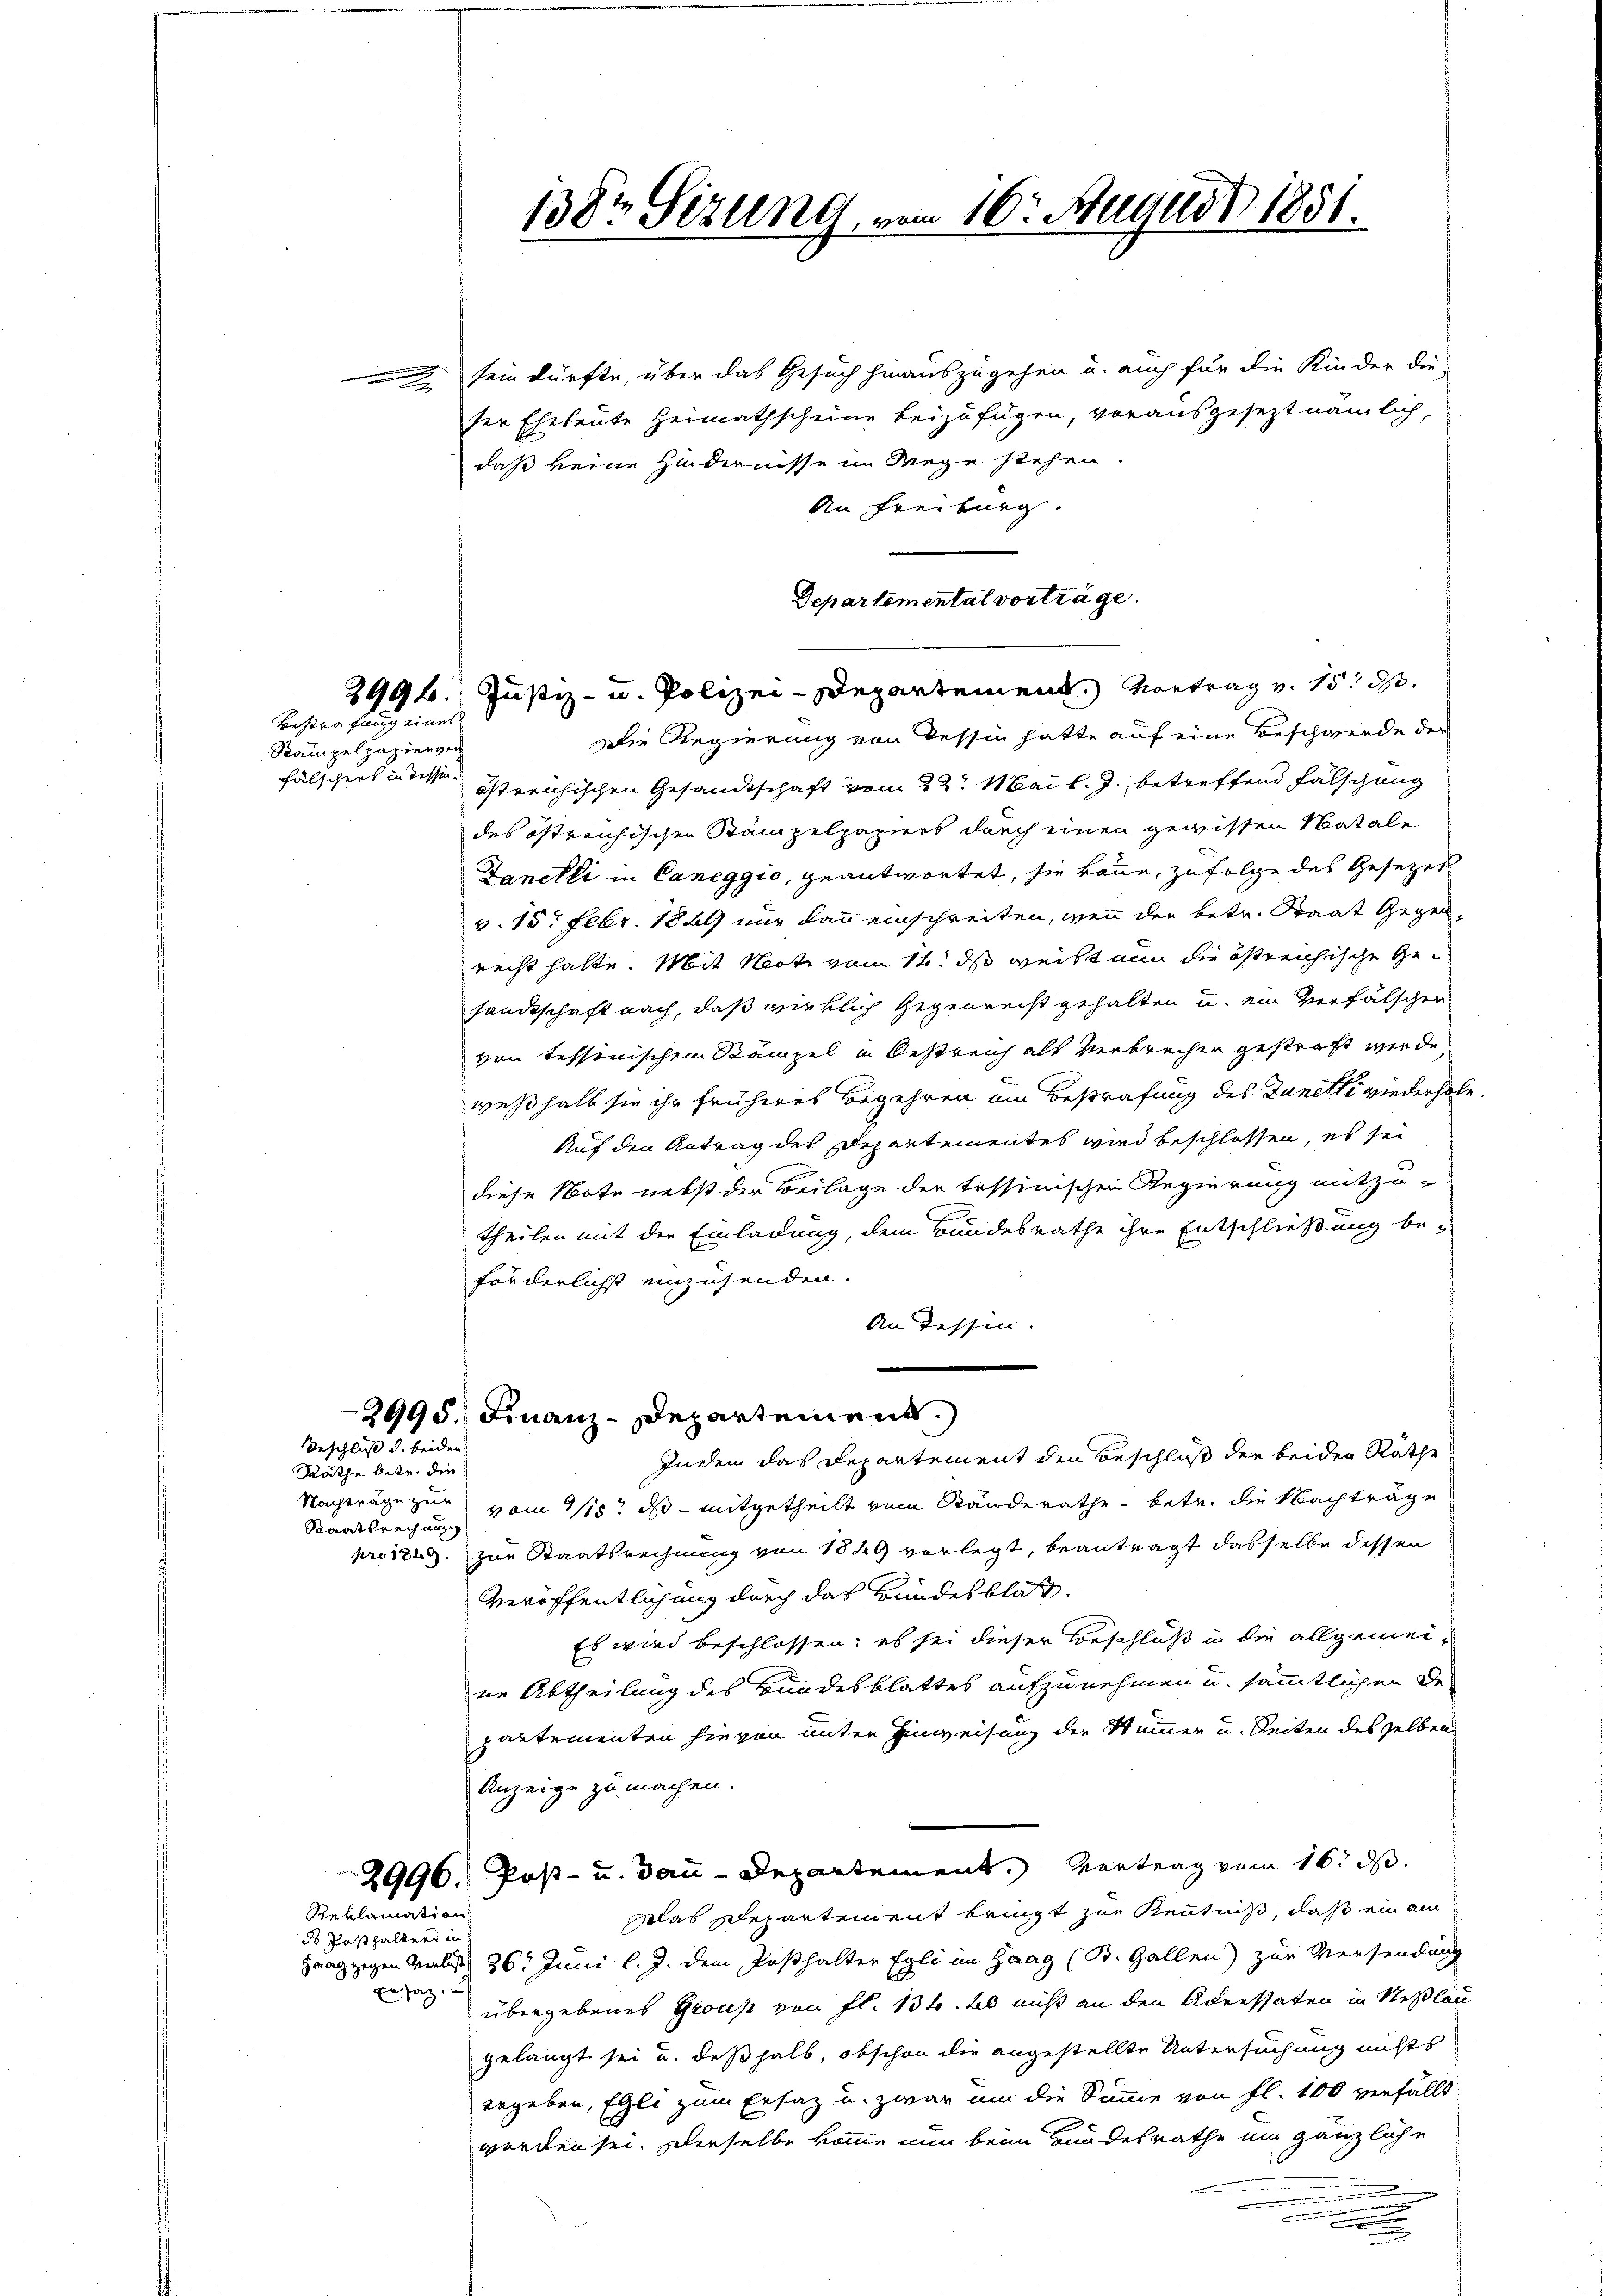
.

Rampelpapieren
fälschers in Tessin.

Bestrafung eines

Beschluß d. beiden

Räthe betr. die

Reklamation

ds Posthaltend in

sein dürfte, über das Gesuch hinauszugehen u. auch für die Kinder die
ser Eheleute Heimathscheine beizufügen, vorausgesezt nämlich,
daß keine Hindernisse im Wege stehen.
An Freiburg.
Die Regierung von dessin hatte auf eine Beschwerde der
östreichischen Gesandtschaft vom 22t Mai l. J. betreffend Fälschung
des östreichischen Stämpelpapiert durch einen gewissen Natale
Lanckli in Caneggio, geantwortet, sie könne, zufolge des Gesezes
v. 15. Febr. 1849 nur dann einschreiten, wenn der betr. Staat Gegen-
recht hatte. Mit Moti vom 14. ds weißt nun die östreichische Gesandtschaft nach, daß wirklich Gegenrecht gehalten u. ein verfälschen
von tessinischen Kämpel in Oestreich als Verbrechen gestraft werde,
weßhalb sie ihr früheres Begehren am Bestrafung des Danetti wiederhole
Auf den Antrag des Departementes wird beschlossen, es sei
diese Note nebst der Beilage der tessinischen Regierung mitzutheilen mit der Einladung, dem Bundesrathe ihre Entschließung beförderlichst einzusenden.
An Tessin.
.
2995. Finanz-Departement.)
Indem das Departement den Beschluß der beiden Räthe
Nachträge zur vom 1/18t ds - mitgetheilt vom Ständerathe betr. die Nachträge
Staatsrechnung
pro 1849 zur Staatsrechnung von 1849 vorlegt, beantragt dasselbe dessen
Veröffentlichung durch das Bundesblat
Es wird beschlossen; es sei dieser Vorschloß in die allgemeine Abtheilung des Bundesblattes aufzunehmen u. sämmtlichen Departementen hievon unter Hinweisung der Stummen u. Seiten des selben
Anzeige zu machen.
2996. Post- u. Bau-Departement. Vortrag vom 16. d.
slas Departement bringt zur Kenntniß, daß ein am
Haag gegen Verlust 26. Juni l. J. dem Posthalter Egli im Haag (B. Gallen) zur Versendung
Ersatz, u
übergebenes Group von fl. 134. ab nicht an den Adressaten in Neßlau
gelangt sei u. deßhalb, obschon die angestellte Untersuchung nichts
ergeben, Egli zum Ersatz u. zwar um die Summe von fl. 100 verfällt
worden sei. Derselbe komme nun beim Bundesrathe ein gänzliche
e

1382 Sezung, vom 16. August 1881.

2996.) Justiz- u. Polizei-Departement. Vortrag v. 15. d.

Departemental vorträge.